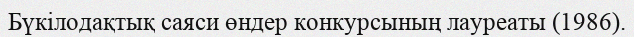
Бүкілодақтық саяси өндер конкурсының лауреаты (1986).